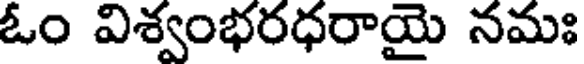
ఓం విశ్వంభరధరాయై నమః